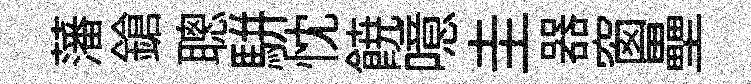
藩鎗聰駢忱𩜙噫圭器窗壘